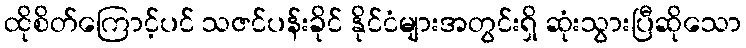
ထိုစိတ်ကြောင့်ပင် သဇင်ပန်းခိုင် နိုင်ငံများအတွင်းရှိ ဆုံးသွားပြီဆိုသော